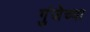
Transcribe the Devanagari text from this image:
गुंजेच्या